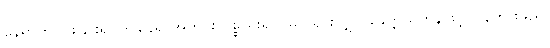
နေရာကိုပိုင်းခြား၍ ဤနေရာအတွင်း ပစ္စည်းရှင် မြင်သွားလျှင် ခေတ္တယူဟန်ဖြင့် ပြန်ထားမည်၊